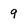
Character: 9